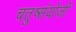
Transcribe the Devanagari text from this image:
चतुष्संयोजी